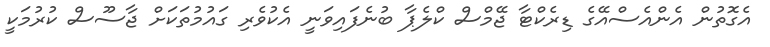
އެގޮތުން އެންއެސްއޭގެ ޑިރެކްޓާ ޖޭމްސް ކްލެޕާ ބުނެފައިވަނީ އެކުވެރި ގައުމުތަކަށް ޖާސޫސް ކުރުމަކީ